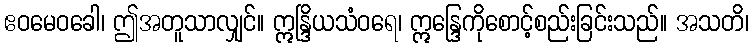
ဧဝမေဝခေါ၊ ဤအတူသာလျှင်။ ဣန္ဒြိယသံဝရေ၊ ဣန္ဒြေကိုစောင့်စည်းခြင်းသည်။ အသတိ၊